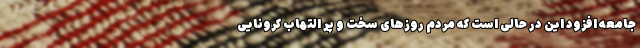
جامعه افزود این در حالی است که مردم روزهای سخت و پر التهاب کرونایی